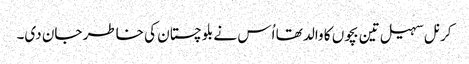
کرنل سہیل تین بچوں کا والد تھا اُس نے بلوچستان کی خاطر جان دی۔